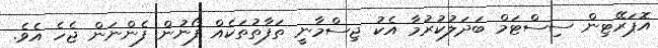
އޮޕަރޭޓިން ސިސްޓަމް ބަދަލުކުރުމާ އެކު ޖިސްމާނީ ތަފާތުތަކެއް ފޯނުން ފެންނަން ޖެހެ އެވެ.